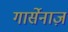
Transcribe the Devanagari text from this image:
गार्सेनाज़